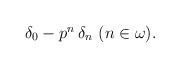
LaTeX: \begin{align*}\begin{minipage}[c]{35pc}$\delta_0-p^n\,\delta_n$ $(n\in\omega).$\end{minipage}\end{align*}